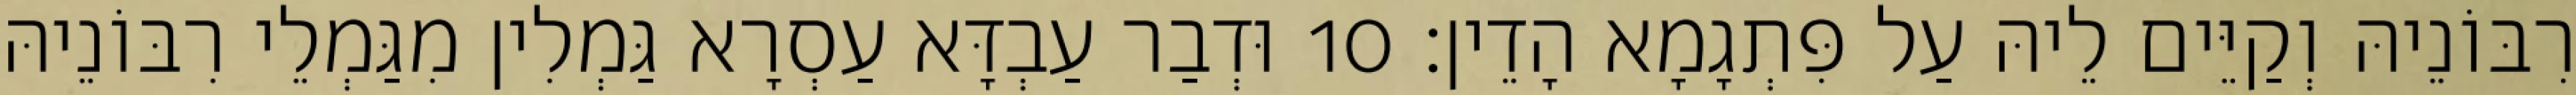
רִבּוֹנֵיהּ וְקַיֵּים לֵיהּ עַל פִּתְגָמָא הָדֵין׃ 10 וּדְבַר עַבְדָּא עַסְרָא גַּמְלִין מִגַּמְלֵי רִבּוֹנֵיהּ